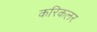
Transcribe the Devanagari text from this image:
करिकलर